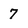
Character: 7